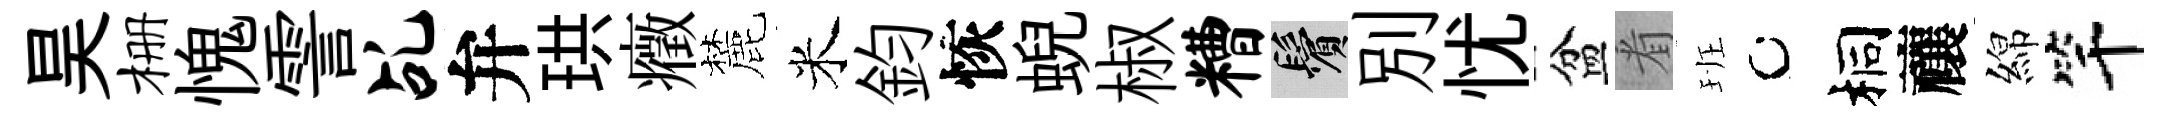
昊栅愧霅乩弁珙癥麓米鈞恢蜺椒糟鬢別忧盆㸔班桐禳綿竿